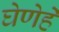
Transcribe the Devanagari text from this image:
घेणेहे